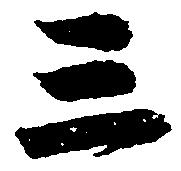
三